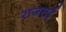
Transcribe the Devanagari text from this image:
राजराई